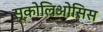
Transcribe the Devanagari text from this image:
स्कोलिओसिस